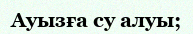
Ауызға су алуы;